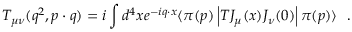
T _ { \mu \nu } ( q ^ { 2 } , p \cdot q ) = i \int d ^ { 4 } x e ^ { - i q \cdot x } \langle \pi ( p ) \left| T J _ { \mu } ( x ) J _ { \nu } ( 0 ) \right| \pi ( p ) \rangle \ \ .